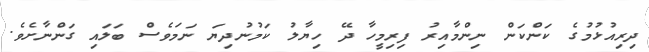
ދިރިއުޅުމުގެ ކަންކަން ނިންމާއިރު ފިރިމީހާ ދޭ ހިޔާލު ކަމުނުދިޔަ ނަމަވެސް ބަލައި ގަންނާށެވެ.